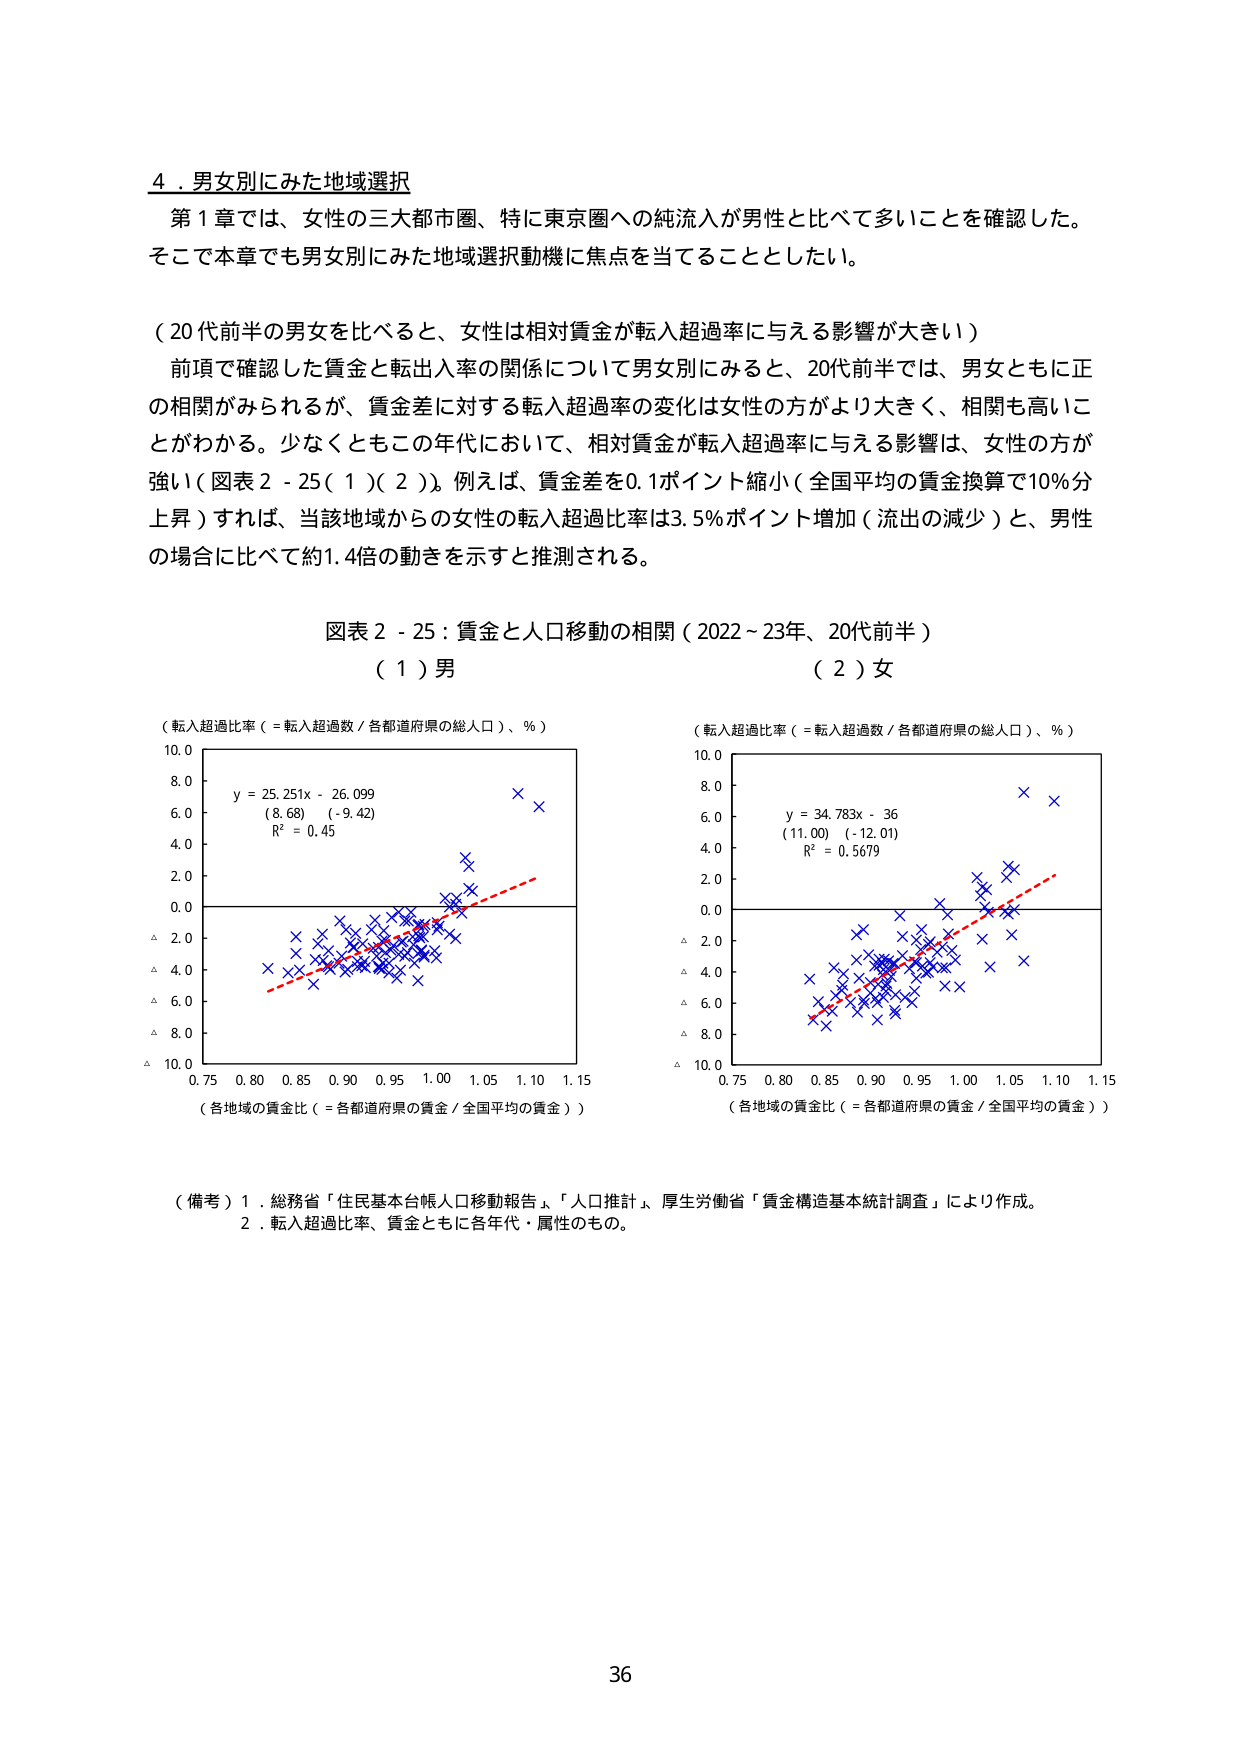
4．男女別にみた地域選択

第1章では、女性の三大都市圏、特に東京圏への純流入が男性と比べて多いことを確認した。そこで本章でも男女別にみた地域選択動機に焦点を当てることとしたい。

（20代前半の男女を比べると、女性は相対賃金が転入超過率に与える影響が大きい）

前項で確認した賃金と転出入率の関係について男女別にみると、20代前半では、男女ともに正の相関がみられるが、賃金差に対する転入超過率の変化は女性の方がより大きく、相関も高いことがわかる。少なくともこの年代において、相対賃金が転入超過率に与える影響は、女性の方が強い（図表2-25（1）（2））。例えば、賃金差を0.1ポイント縮小（全国平均の賃金換算で10％分上昇）すれば、当該地域からの女性の転入超過比率は3.5％ポイント増加（流出の減少）と、男性の場合に比べて約1.4倍の動きを示すと推測される。

図表2-25：賃金と人口移動の相関（2022～23年、20代前半）

（1）男

（転入超過比率（＝転入超過数／各都道府県の総人口）、％）

y = 25.251x - 26.099
(8.68) (-9.42)
R² = 0.45

（各地域の賃金比（＝各都道府県の賃金／全国平均の賃金））

（2）女

（転入超過比率（＝転入超過数／各都道府県の総人口）、％）

y = 34.783x - 36
(11.00) (-12.01)
R² = 0.5679

（各地域の賃金比（＝各都道府県の賃金／全国平均の賃金））

（備考）1．総務省「住民基本台帳人口移動報告」、「人口推計」、厚生労働省「賃金構造基本統計調査」により作成。
2．転入超過比率、賃金ともに各年代・属性のもの。

36